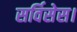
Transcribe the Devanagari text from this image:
सर्विसेस।